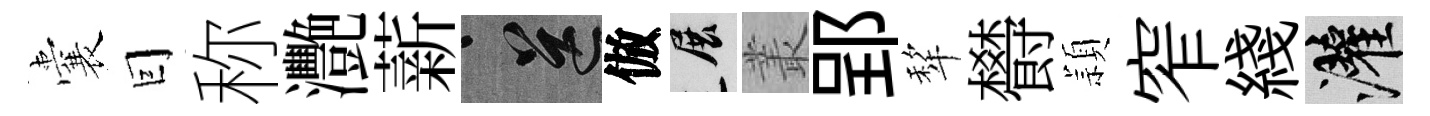
囊囙称灧薪送倣展叢郢犂欎頴窄綫灌